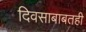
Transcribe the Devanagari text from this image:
दिवसाबाबतही